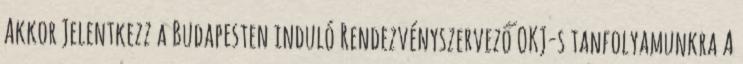
Akkor Jelentkezz a Budapesten induló Rendezvényszervező OKJ-s tanfolyamunkra A